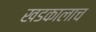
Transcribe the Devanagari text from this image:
खडकालाच